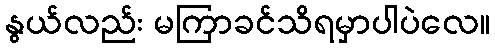
နွယ်လည်း မကြာခင်သိရမှာပါပဲလေ။